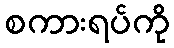
စကားရပ်ကို